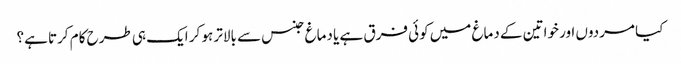
کیا مردوں اور خواتین کے دماغ میں کوئی فرق ہے یا دماغ جنس سے بالاتر ہو کر ایک ہی طرح کام کرتا ہے؟